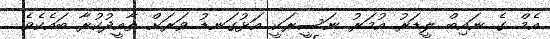
އެމް ގެ ނައިބް ލީޑަރު އުމަރު ނަސީރަކީ އަޅުގަނޑު ވަރަށް ތާއީދުކުރާ ބައެކެވެ.